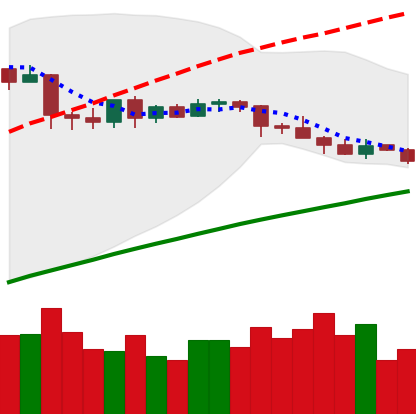
Ticker: LTC-USD
Chart end date: 2019-04-28
Forward return: 13.768%
Label: up_7plus